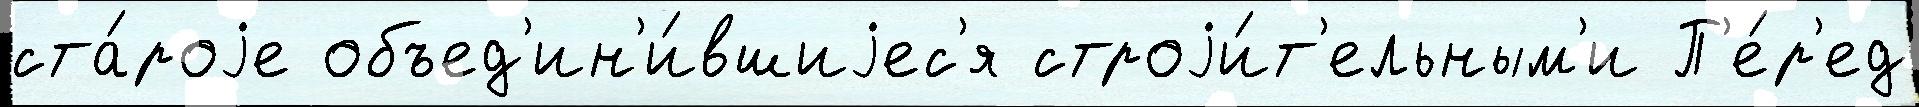
ста́роjе объед'ин'и́вшиjес'я строjи́т'ельным'и П'е́р'ед